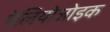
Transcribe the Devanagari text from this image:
पेलियोजोइक